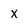
Character: X